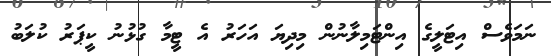
ނަމަވެސް އިޓަލީގެ އިންޓަމިލާނުން މިދިޔަ އަހަރު އެ ޓީމާ ގުޅުނު ކީޕަރު ކުލަބު